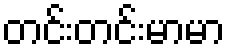
တင်းတင်းမာမာ